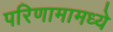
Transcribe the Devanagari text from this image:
परिणामामध्ये